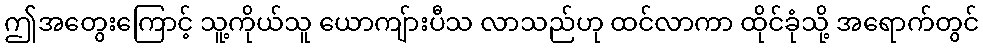
ဤအတွေးကြောင့် သူ့ကိုယ်သူ ယောကျ်ားပီသ လာသည်ဟု ထင်လာကာ ထိုင်ခုံသို့ အရောက်တွင်